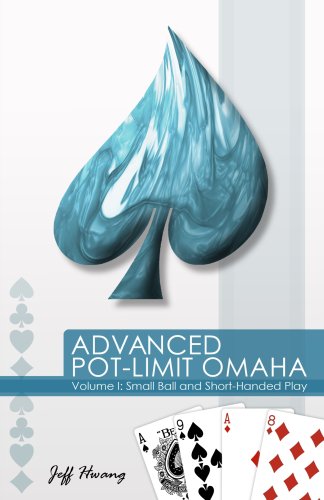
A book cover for Advanced Pot-Limit Omaha: Small Ball and Short-Handed Play; Jeff Hwang; Humor & Entertainment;